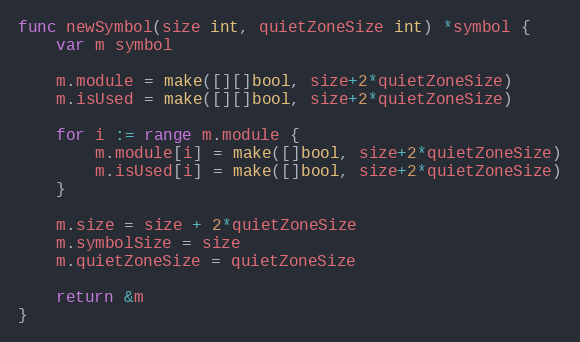
Language: Go
func newSymbol(size int, quietZoneSize int) *symbol {
	var m symbol

	m.module = make([][]bool, size+2*quietZoneSize)
	m.isUsed = make([][]bool, size+2*quietZoneSize)

	for i := range m.module {
		m.module[i] = make([]bool, size+2*quietZoneSize)
		m.isUsed[i] = make([]bool, size+2*quietZoneSize)
	}

	m.size = size + 2*quietZoneSize
	m.symbolSize = size
	m.quietZoneSize = quietZoneSize

	return &m
}